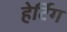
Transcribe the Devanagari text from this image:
हेर्टिग